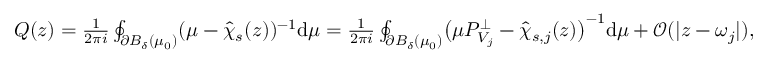
\begin{array} { r l } & { Q ( z ) = \frac { 1 } { 2 \pi i } \oint _ { \partial B _ { \delta } ( \mu _ { 0 } ) } ( \mu - \widehat { \chi } _ { s } ( z ) ) ^ { - 1 } \mathrm { d } \mu = \frac { 1 } { 2 \pi i } \oint _ { \partial B _ { \delta } ( \mu _ { 0 } ) } \bigr ( \mu P _ { V _ { j } } ^ { \perp } - \widehat { \chi } _ { s , j } ( z ) \bigr ) ^ { - 1 } \mathrm { d } \mu + \mathcal { O } ( | z - \omega _ { j } | ) , } \end{array}